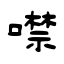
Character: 噤